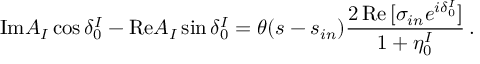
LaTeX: \mathrm { I m } A _ { I } \cos \delta _ { 0 } ^ { I } - \mathrm { R e } A _ { I } \sin \delta _ { 0 } ^ { I } = \theta ( s - s _ { i n } ) { \frac { 2 \, \mathrm { R e } \, [ \sigma _ { i n } e ^ { i \delta _ { 0 } ^ { I } } ] } { 1 + \eta _ { 0 } ^ { I } } } \, .